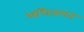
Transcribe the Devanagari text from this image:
अधिजगत